Annual report on the Civil Veterinary Department, Burma (including the Insein Veterinary School) - 1910-1922
Year: 1910
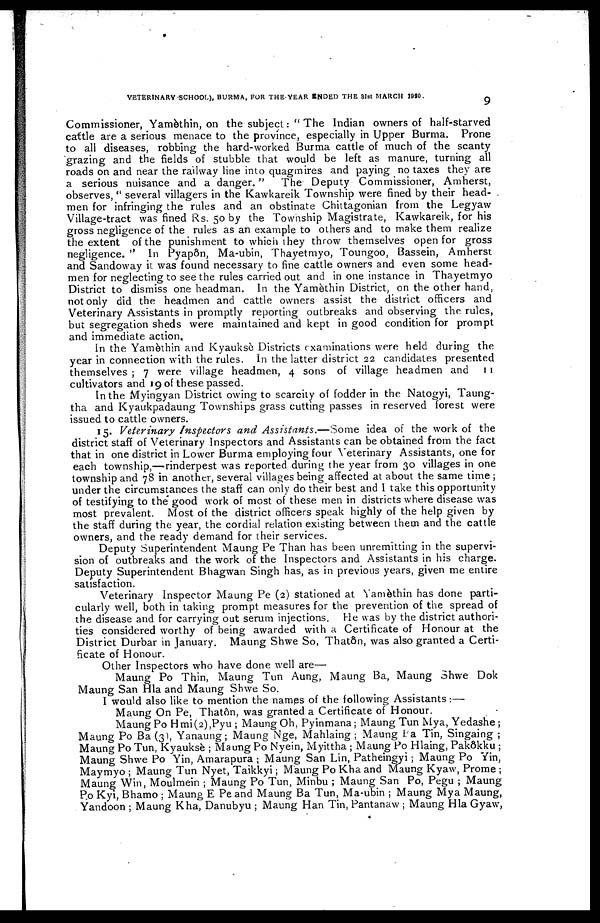
VETERINARY SCHOOL), BURMA, FOR THE YEAR INDED THE 81»t MARCH 1920.
9
Commissioner, Yamèthin, on the subject:" The Indian owners of half-starved
cattle are a serious menace to the province, especially in Upper Burma. Prone
to all diseases, robbing the hard-worked Burma cattle of much of the scanty
grazing and the fields of stubble that would be left as manure, turning all
roads on and near the railway line into quagmires and paying no taxes they are
a serious nuisance and a danger."
The Deputy Commissioner, Amherst,
observes, " several villagers in the Kawkareik Township were fined by their head-
men for infringing the rules and an obstinate Chittagonian from the Legyaw
Village-tract was fined Rs. 50 by the Township Magistrate, Kawkareik, for his
gross negligence of the rules as an example to others and to make them realize
the extent of the punishment to which they throw themselves open for gross
negligence. " In Pyapôn, Ma-ubin, Thayetmyo, Toungoo, Bassein, Amherst
and Sandoway it was found necessary to fine cattle owners and even some head-
men for neglecting to see the rules carried out and in one instance in Thayetmyo
District to dismiss one headman. In the Yamèthin District, on the other hand,
not only did the headmen and cattle owners assist the district officers and
Veterinary Assistants in promptly reporting outbreaks and observing the rules,
but segregation sheds were maintained and kept in good condition for prompt
and immediate action.
In the Yamèthin and Kyauksè Districts examinations were held during the
year in connection with the rules. In the latter district 22 candidates presented
themselves ; 7 were village headmen, 4 sons of village headmen and 11
cultivators and 19 of these passed.
In the Myingyan District owing to scarcity of fodder in the Natogyi, Taung-
tha and Kyaukpadaung Townships grass cutting passes in reserved forest were
issued to cattle owners.
15. Veterinary Inspectors and Assistants.—Some
idea of the work of the
district staff of Veterinary Inspectors and Assistants can be obtained from the fact
that in one district in Lower Burma employing four Veterinary Assistants, one for
each township,—rinderpest was reported during the year from 30 villages in one
township and 78 in another, several villages being affected at about the same time;
under the circumstances the staff can only do their best and I take this opportunity
of testifying to the* good work of most of these men in districts where disease was
most prevalent. Most of the district officers speak highly of the help given by
the staff during the year, the cordial relation existing between them and the cattle
owners, and the ready demand for their services.
Deputy Superintendent Maung Pe Than has been unremitting in the supervi-
sion of outbreaks and the work of the Inspectors and Assistants in his charge.
Deputy Superintendent Bhagwan Singh has, as in previous years, given me entire
satisfaction.
Veterinary Inspector Maung Pe (2) stationed at Yamèthin has done parti-
cularly well, both in taking prompt measures for the prevention of the spread of
the disease and for carrying out serum injections. He was by the district authori-
ties considered worthy of being awarded with a Certificate of Honour at the
District Durbar in January. Maung Shwe So, Thatôn, was also granted a Certi-
ficate of Honour.
Other Inspectors who have done well are—
Maung Po Thin, Maung Tun Aung, Maung Ba, Maung 3hwe Dok
Maung San Hla and Maung Shwe So.
I would also like to mention the names of the following Assistants:—
Maung On Pe, Thatôn, was granted a Certificate of Honour.
Maung Po Hmi(2),Pyu ; Maung Oh, Pyinmana; Maung Tun Mya, Yedashe ;
Maung Po Ba (3), Yanaung; Maung Nge, Mahlaing ; Maung La Tin, Singaing ;
Maung Po Tun, Kyauksè ; Maung Po Nyein, Myittha ; Maung Po Hlaing, Pakôkku ;
Maung Shwe Po Yin, Amarapura ; Maung San Lin, Patheingyi; Maung Po Yin,
Maymyo ; Maung Tun Nyet, Taikkyi; Maung Po Kha and Maung Kyaw, Prome ;
Maung Win, Moulmein ; Maung Po Tun, Minbu ; Maung San Po, Pegu ; Maung
Po Kyi, Bhamo ; Maung E Pe and Maung Ba Tun, Ma-ubin ; Maung Mya Maung,
Yandoon ; Maung Kha, Danubyu ; Maung Han Tin, Pantanaw ; Maung Hla Gyaw,